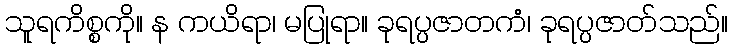
သူရကိစ္စကို။ န ကယိရာ၊ မပြုရာ။ ခုရပ္ပဇာတကံ၊ ခုရပ္ပဇာတ်သည်။